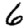
Digit: 6